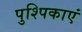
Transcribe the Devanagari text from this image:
पुश्पिकाएं